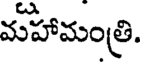
మహామంత్రి.